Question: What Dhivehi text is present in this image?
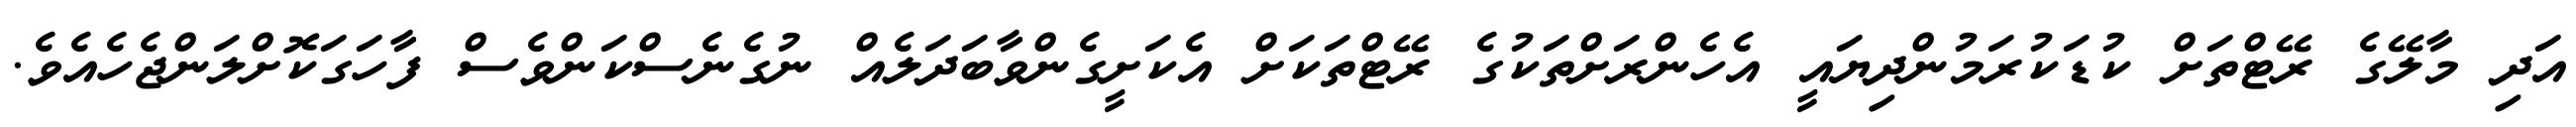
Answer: އަދި މާލޭގެ ރޭޓްތަށް ކުޑަކުރަމުންދިޔައީ އެހެންރަށްތަކުގެ ރޭޓްތަކަށް އެކަށީގެންވާބަދަލެއް ނުގެނެސްކަންވެސް ފާހަގަކޮށްލަންޖެހެއެވެ.